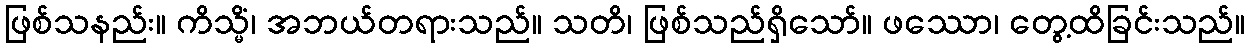
ဖြစ်သနည်း။ ကိသ္မိံ၊ အဘယ်တရားသည်။ သတိ၊ ဖြစ်သည်ရှိသော်။ ဖဿော၊ တွေ့ထိခြင်းသည်။